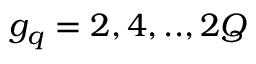
g _ { q } = 2 , 4 , . . , 2 Q